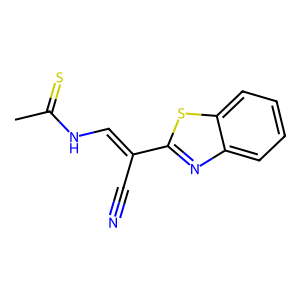
SMILES: CC(=S)NC=C(C#N)c1nc2ccccc2s1
Inhibits HIV replication: No